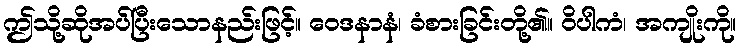
ဤသို့ဆိုအပ်ပြီးသောနည်းဖြင့်။ ဝေဒနာနံ၊ ခံစားခြင်းတို့၏။ ဝိပါကံ၊ အကျိုးကို။